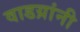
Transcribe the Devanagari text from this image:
वाडय़ांनी